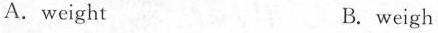
A.weight B. weigh